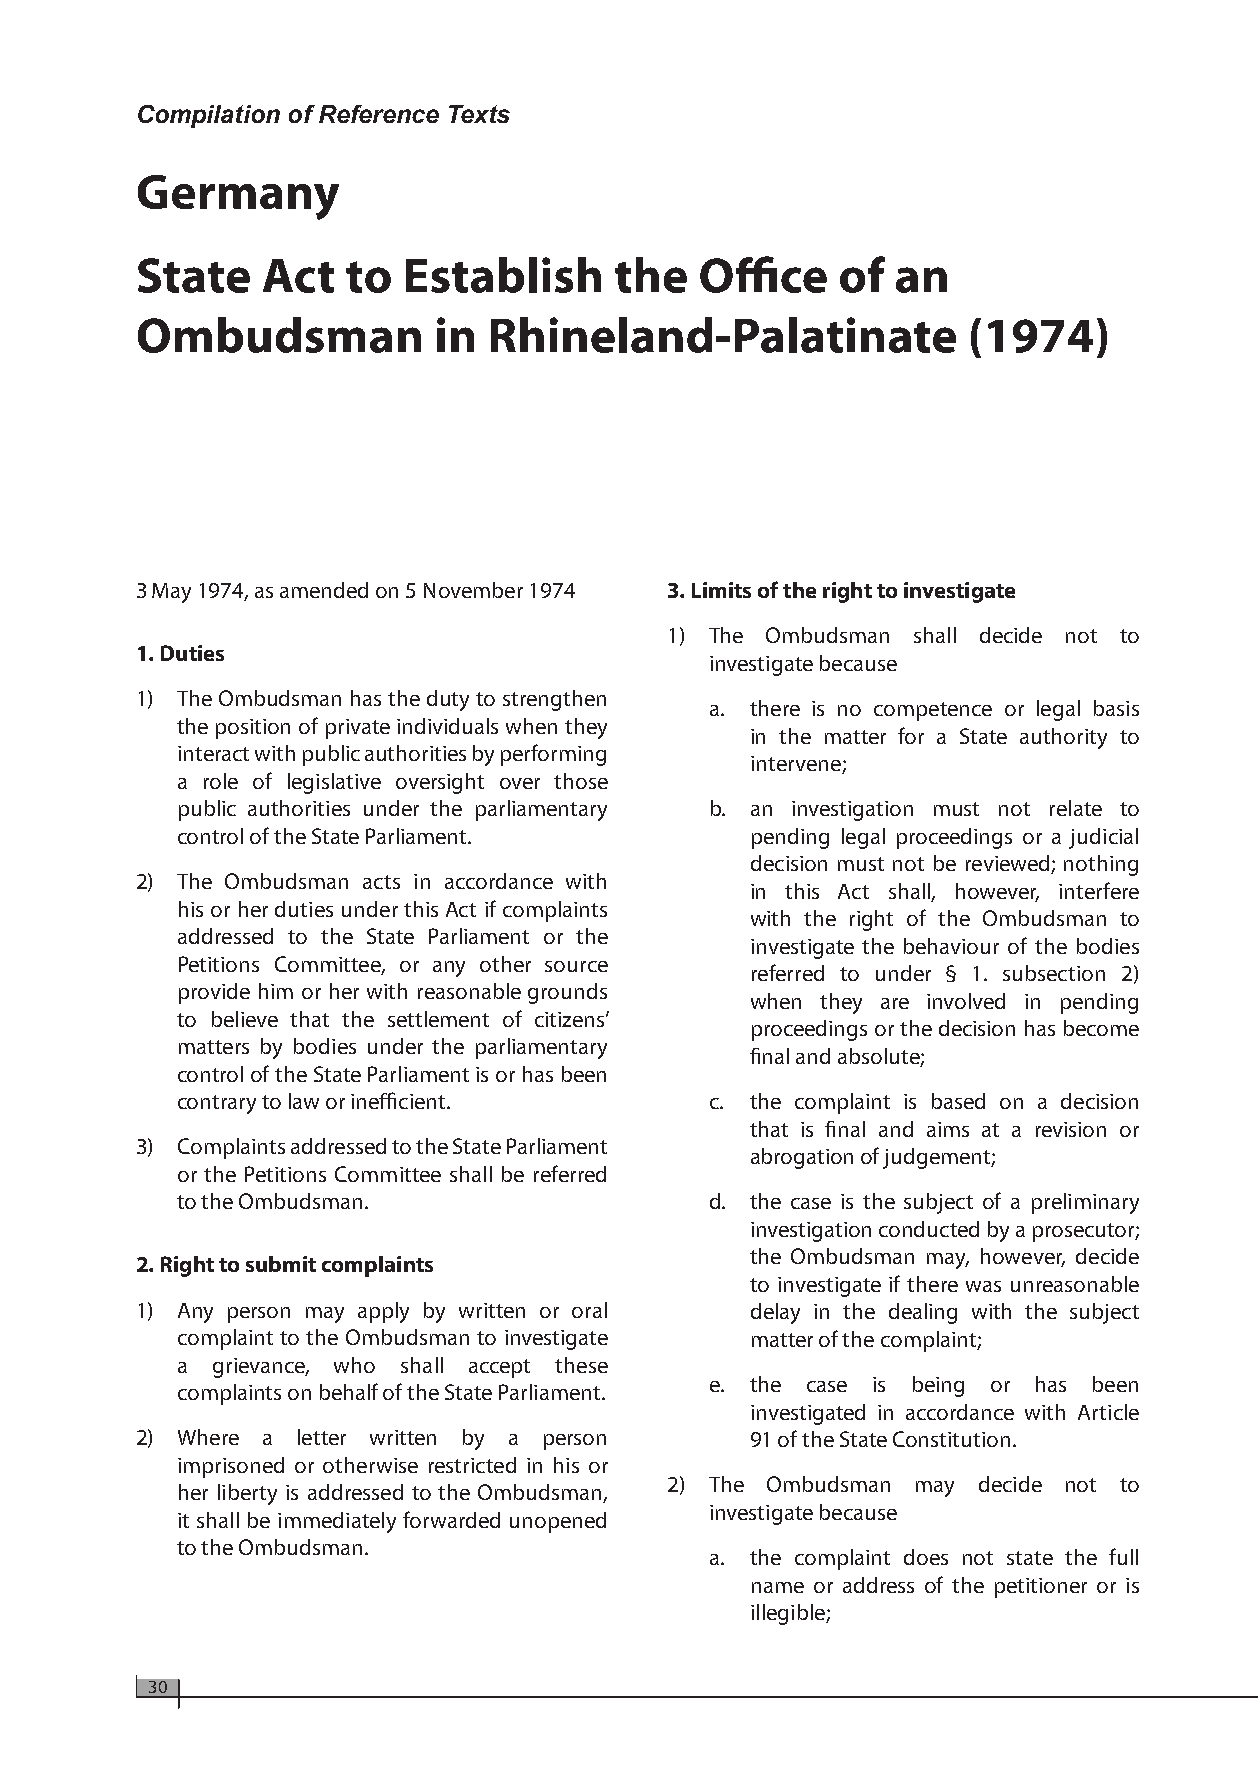
Compilation of Reference Texts
 Germany
 State   Act   to  Establish     the  Office   of  an
 Ombudsman           in Rhineland-Palatinate            (1974)
 3 May 1974, as amended on 5 November 1974 3. Limits of the right to investigate
 1) The Ombudsman shall decide not to
 1. Duties
 investigate because
 1) The Ombudsman has the duty to strengthen
 a. there is no competence or legal basis
 the position of private individuals when they
 in the matter for a State authority to
 interact with public authorities by performing
 intervene;
 a role of legislative oversight over those
 public authorities under the parliamentary b. an investigation must not relate to
 control of the State Parliament.      pending legal proceedings or a judicial
 decision must not be reviewed; nothing
 2) The Ombudsman acts in accordance with
 in this Act shall, however, interfere
 his or her duties under this Act if complaints
 with the right of the Ombudsman to
 addressed to the State Parliament or the
 investigate the behaviour of the bodies
 Petitions Committee, or any other source
 referred to under § 1. subsection 2)
 provide him or her with reasonable grounds
 when they are involved in pending
 to believe that the settlement of citizens’
 proceedings or the decision has become
 matters by bodies under the parliamentary
 final and absolute;
 control of the State Parliament is or has been
 contrary to law or inefficient.    c. the complaint is based on a decision
 that is final and aims at a revision or
 3) Complaints addressed to the State Parliament
 abrogation of judgement;
 or the Petitions Committee shall be referred
 to the Ombudsman.                  d. the case is the subject of a preliminary
 investigation conducted by a prosecutor;
 the Ombudsman may, however, decide
 2. Right to submit complaints
 to investigate if there was unreasonable
 1) Any person may apply by written or oral delay in the dealing with the subject
 complaint to the Ombudsman to investigate matter of the complaint;
 a grievance, who shall accept these
 e. the case is being or has been
 complaints on behalf of the State Parliament.
 investigated in accordance with Article
 2) Where a letter written by a person    91 of the State Constitution.
 imprisoned or otherwise restricted in his or
 2) The Ombudsman may decide not to
 her liberty is addressed to the Ombudsman,
 investigate because
 it shall be immediately forwarded unopened
 to the Ombudsman.
 a. the complaint does not state the full
 name or address of the petitioner or is
 illegible;
 30